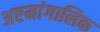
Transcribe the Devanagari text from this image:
अष्टमांगालिक